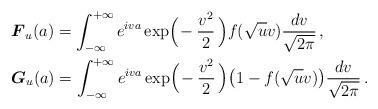
LaTeX: \begin{align*} &\boldsymbol{F}_u(a)= \int_{-\infty}^{+\infty} e ^{i v a}\exp\!\Big(\!-\frac{v^2}{2}\,\Big)f(\sqrt{u} v) \frac{dv}{\sqrt{2\pi}}\,,\\&\boldsymbol{G}_u(a) =\int_{-\infty}^{+\infty} e ^{i v a}\exp\!\Big(\!-\frac{v^2}{2}\,\Big)\big(1-f(\sqrt{u}v)\big) \frac{dv}{\sqrt{2\pi}}\,.\end{align*}